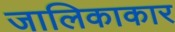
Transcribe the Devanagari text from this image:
जालिकाकार